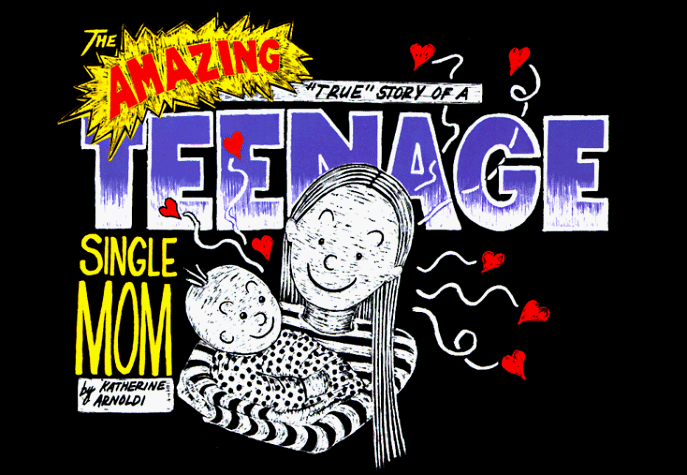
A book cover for The Amazing True Story of a Teenage Single Mom; Katherine Arnoldi; Parenting & Relationships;